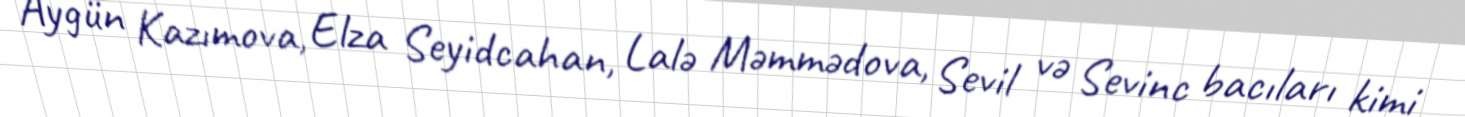
Aygün Kazımova, Elza Seyidcahan, Lalə Məmmədova, Sevil və Sevinc bacıları kimi